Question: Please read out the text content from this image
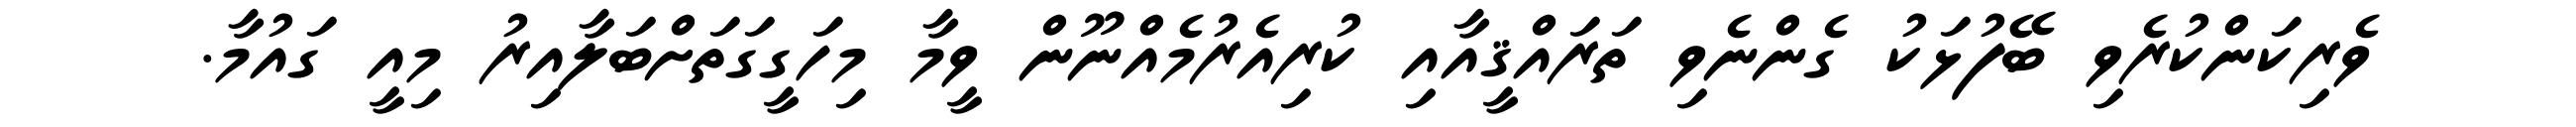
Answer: ވެރިކަންކުރެވި ބޭފުޅަކު ގެންނެވި ތަރައްޤީއާއި ކުރިއެރުމެއްނޫން ވީމާ މިހަގީގަތަށްބަލާއިރު މިއީ ގައުމާ.